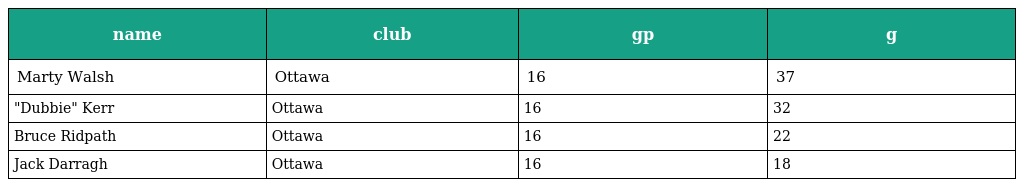
| name | club | gp | g |
 | --- | --- | --- | --- |
 | Marty Walsh | Ottawa | 16 | 37 |
 | "Dubbie" Kerr | Ottawa | 16 | 32 |
 | Bruce Ridpath | Ottawa | 16 | 22 |
 | Jack Darragh | Ottawa | 16 | 18 |